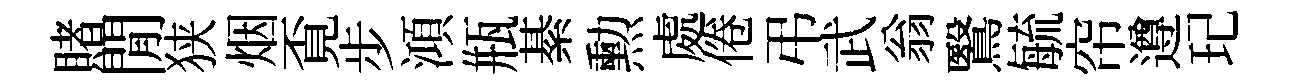
賭閒狭烟覔步澒瓶綦勲處倦弔武翁鷖毓帘遵玘